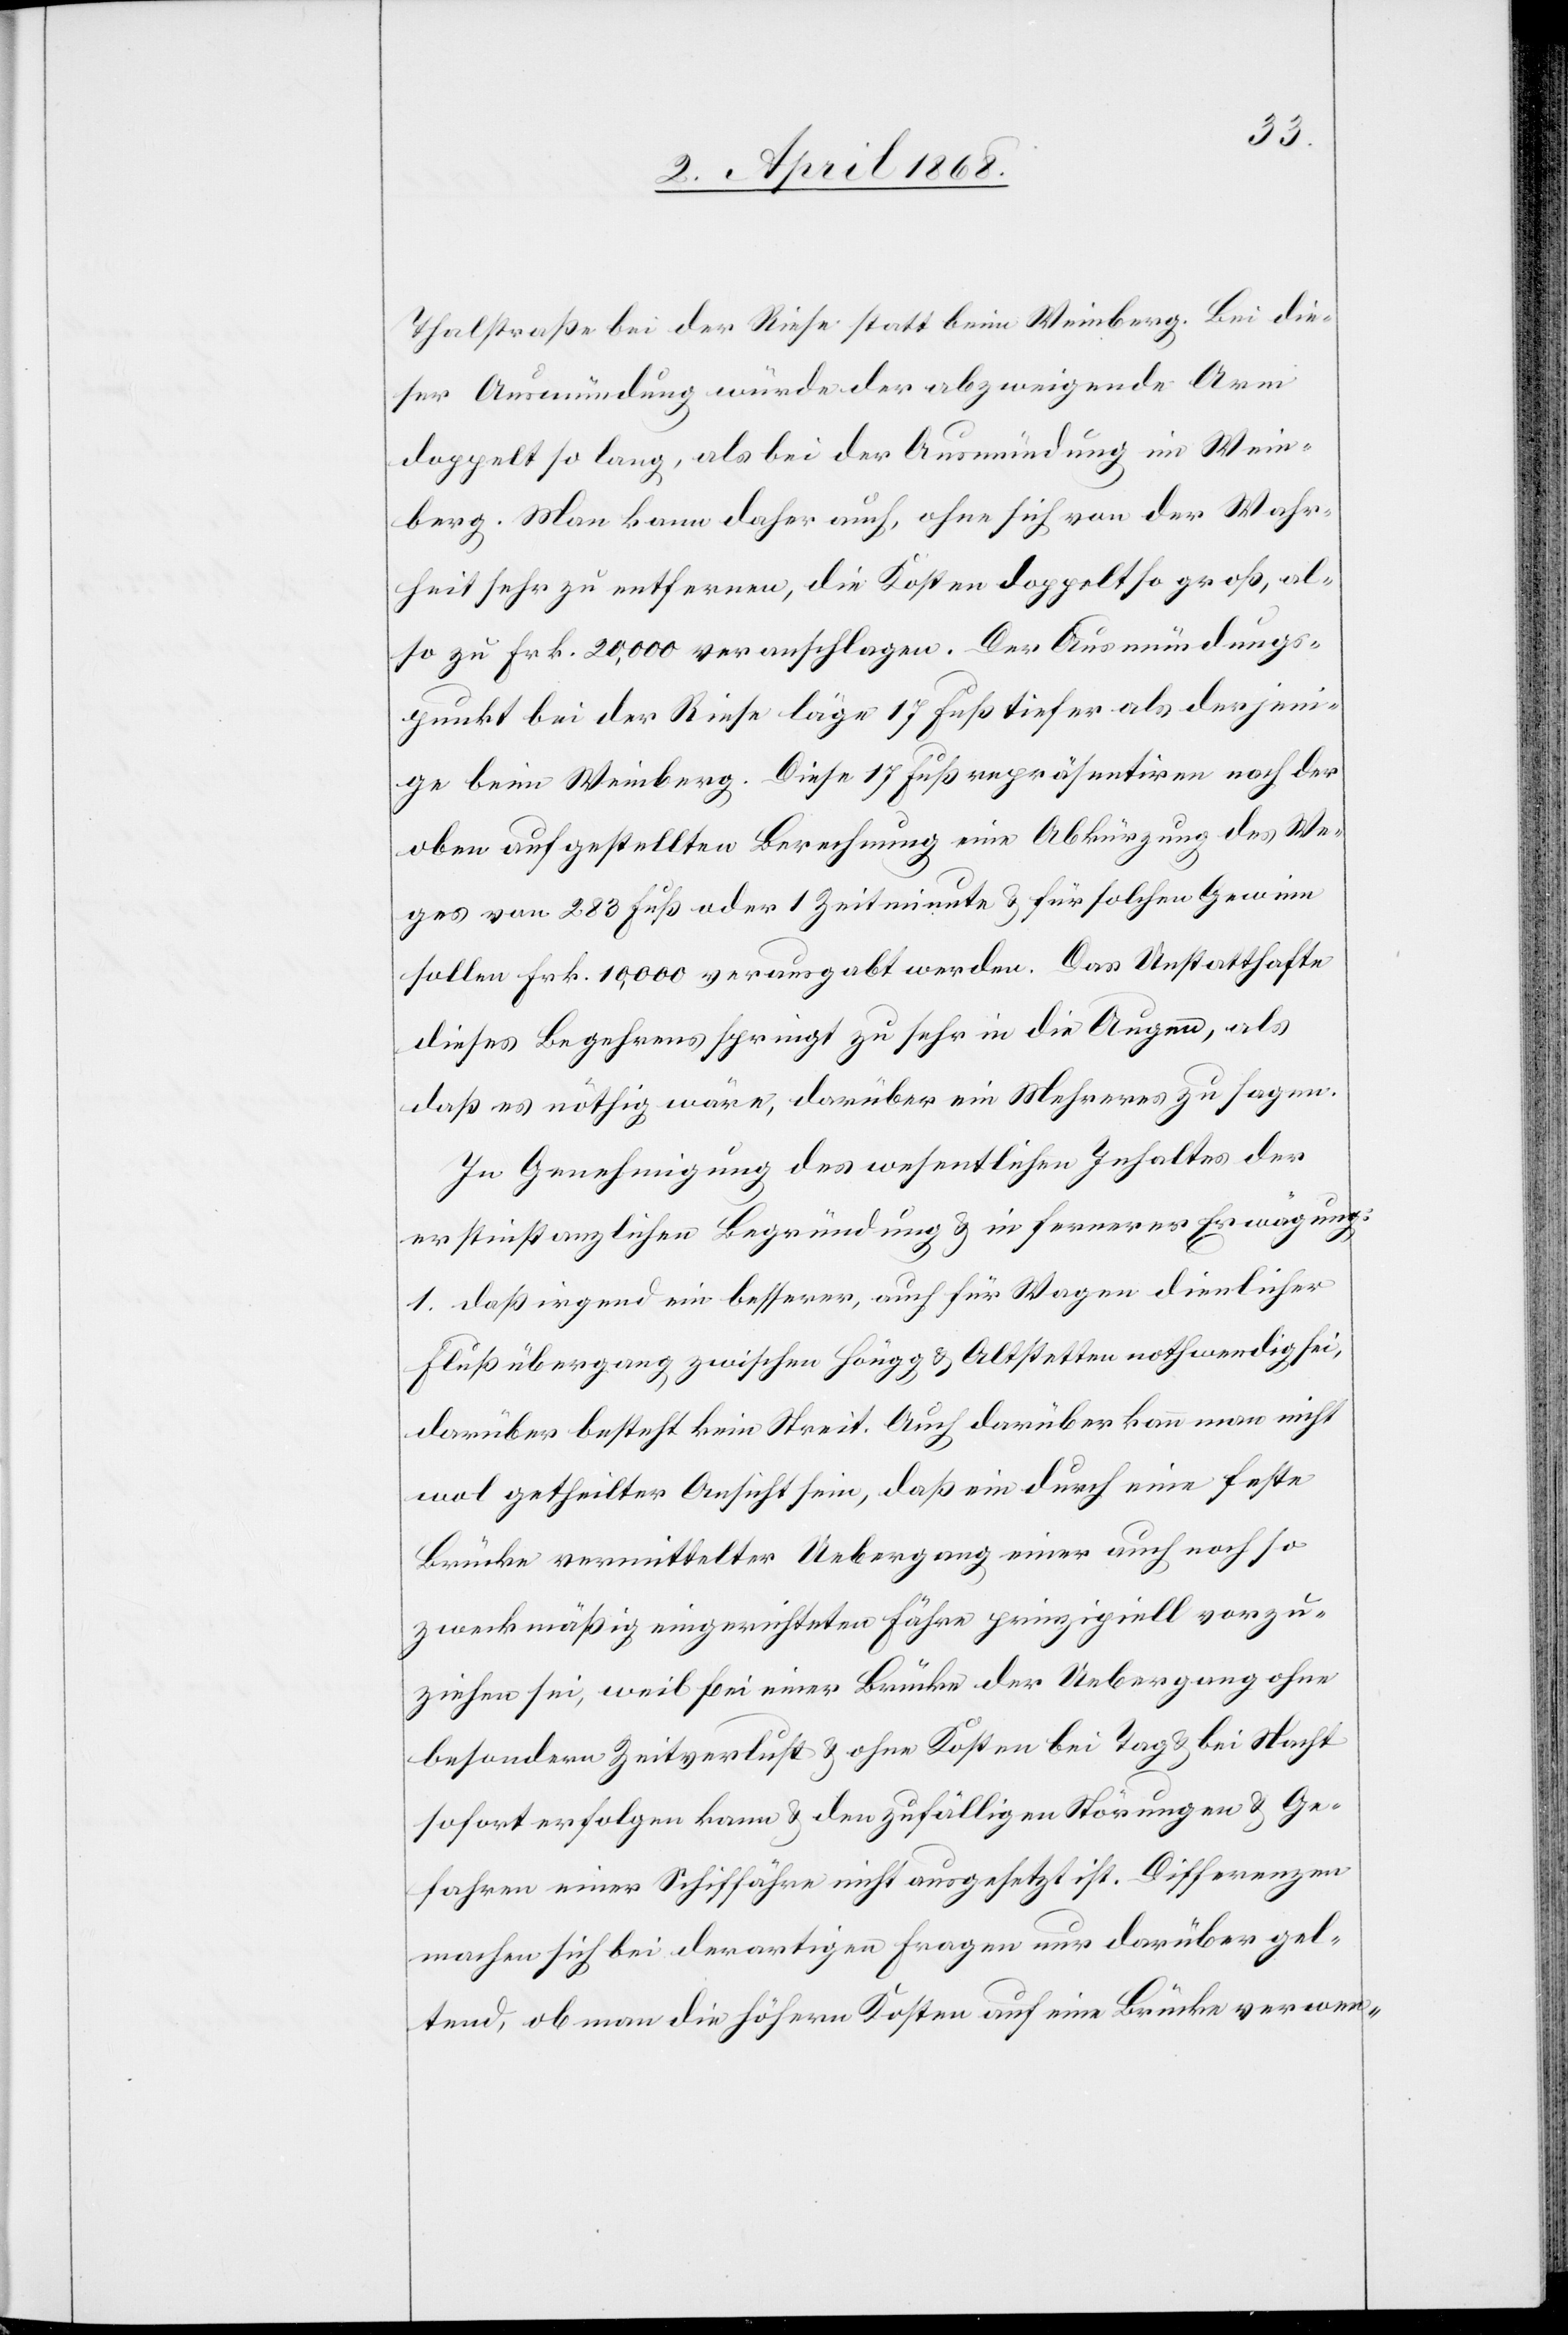
Thalstraße bei der Riese statt beim Weinberg. Bei die¬
ser Ausmündung würde der abzweigende Arm
doppelt so lang, als bei der Ausmündung im Wein¬
berg. Man kann daher auch, ohne sich von der Wahr¬
heit sehr zu entfernen, die Kosten doppelt so groß, al¬
so zu Frk. 20,000 veranschlagen. Der Ausmündungs¬
punkt bei der Riese läge 17 Fuß tiefer als derjeni¬
ge beim Weinberg. Diese 17 Fuß repräsentiren nach der
oben aufgestellten Berechnung eine Abkürzung des We¬
ges von 283 Fuß oder 1 Zeitminute & für solchen Gewinn
sollen Frk. 10,000 verausgabt werden. Das Unstatthafte
dieses Begehrens springt zu sehr in die Augen, als
daß es nöthig wäre, darüber ein Mehreres zu sagen.
In Genehmigung des wesentlichen Inhaltes der
erstinstanzlichen Begründung & in fernerer Erwägung:
1. daß irgend ein besserer, auch für Wagen dienlicher
Flußübergang zwischen Höngg & Altstetten nothwendig sei,
darüber besteht kein Streit. Auch darüber kann man nicht
wol getheilter Ansicht sein, daß ein durch eine feste
Brücke vermittelter Uebergang einer auch noch so
zweckmäßig eingerichteten Fähre prinzipiell vorzu¬
ziehen sei, weil bei einer Brücke der Uebergang ohne
besondern Zeitverlust & ohne Kosten bei Tag & bei Nacht
sofort erfolgen kann & den zufälligen Störungen & Ge¬
fahren einer Schiffähre nicht ausgesetzt ist. Differenzen
machen sich bei derartigen Fragen nur darüber gel¬
tend, ob man die höhern Kosten auf eine Brücke verwen-